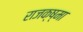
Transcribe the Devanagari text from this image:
राजक्ष्मा